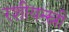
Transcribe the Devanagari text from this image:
रशीयन्स्नी